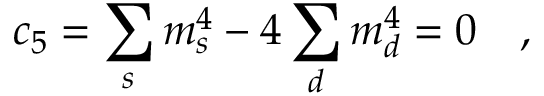
c _ { 5 } = \sum _ { s } m _ { s } ^ { 4 } - 4 \sum _ { d } m _ { d } ^ { 4 } = 0 ~ ~ ~ ,